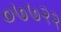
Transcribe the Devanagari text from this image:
०७७२२